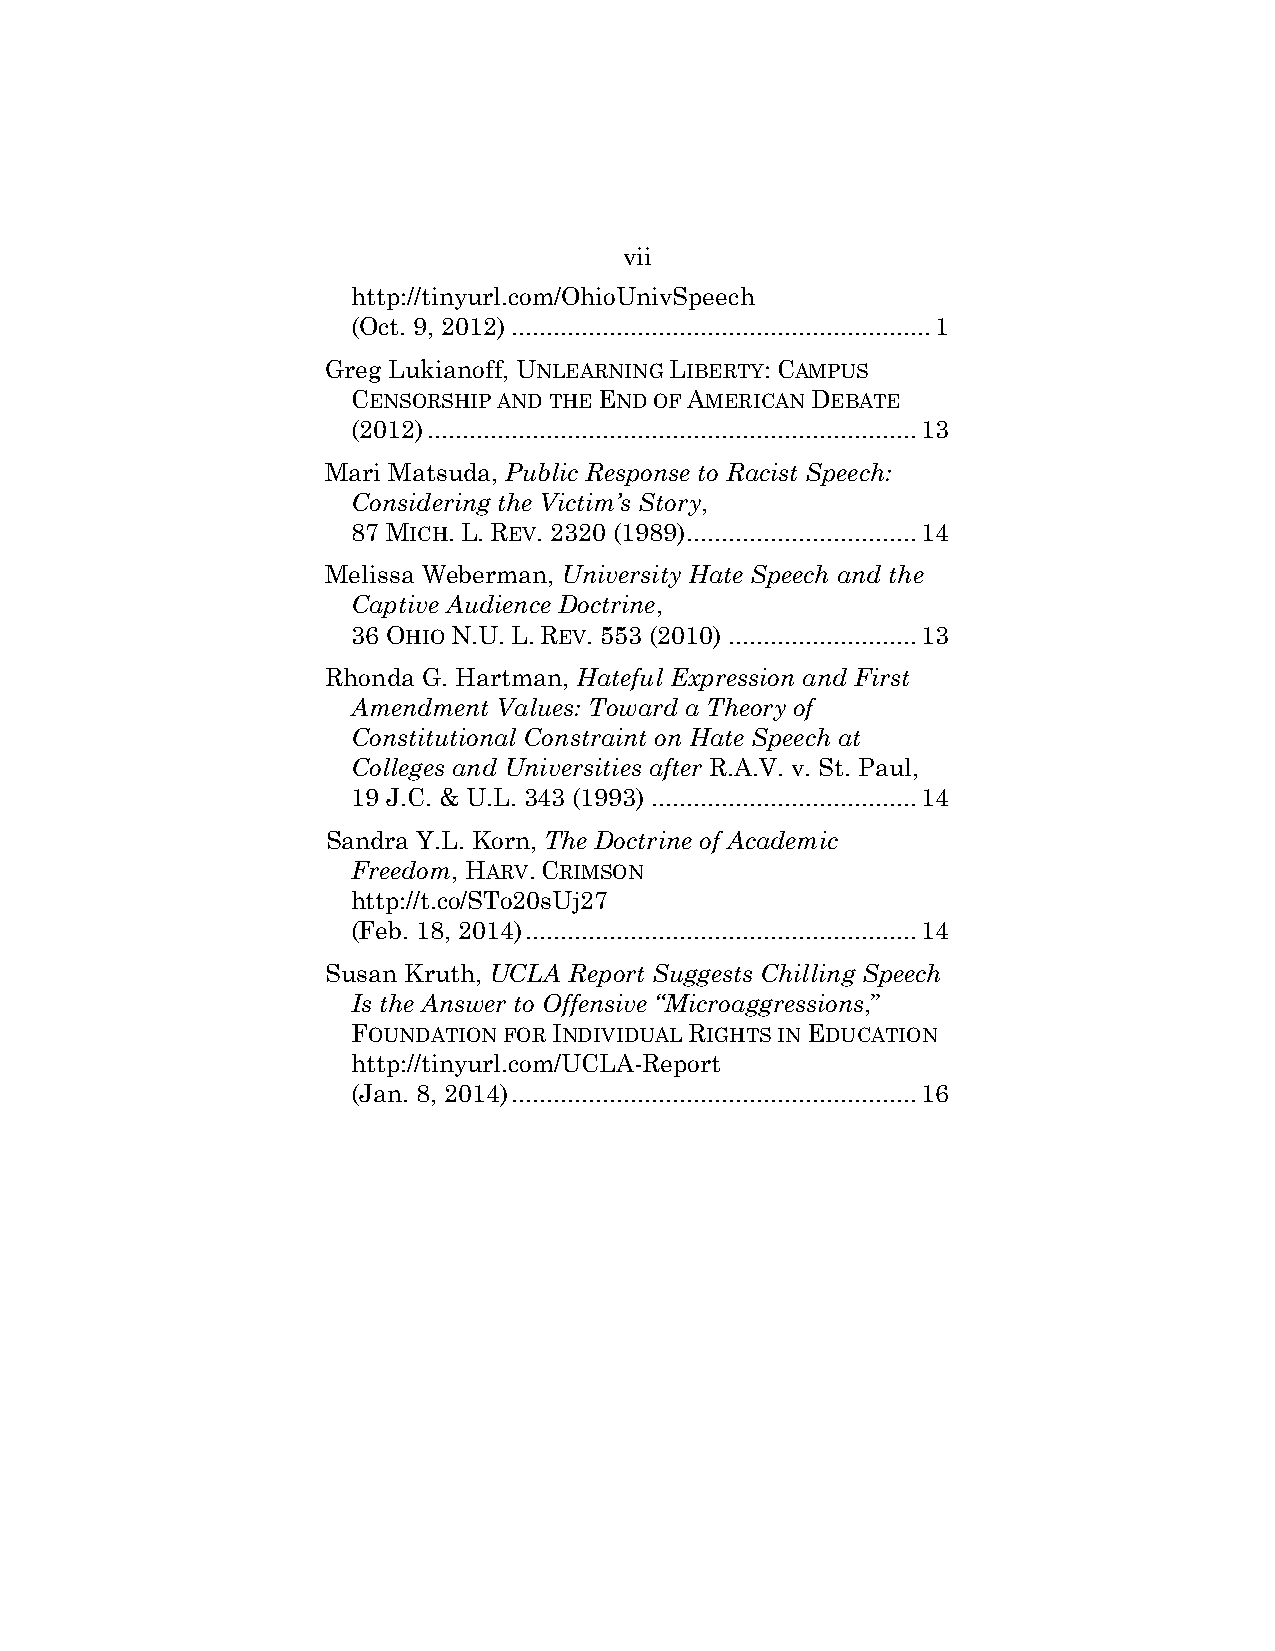
vii
 http://tinyurl.com/OhioUnivSpeech
 (Oct. 9, 2012) ............................................................ 1
 Greg Lukianoff, UNLEARNING LIBERTY: CAMPUS
 CENSORSHIP AND THE END OF AMERICAN DEBATE
 (2012) ...................................................................... 13
 Mari Matsuda, Public Response to Racist Speech:
 Considering the Victim’s Story,
 87 MICH. L. REV. 2320 (1989) ................................. 14
 Melissa Weberman, University Hate Speech and the
 Captive Audience Doctrine,
 36 OHIO N.U. L. REV. 553 (2010) ........................... 13
 Rhonda G. Hartman, Hateful Expression and First
 Amendment Values: Toward a Theory of
 Constitutional Constraint on Hate Speech at
 Colleges and Universities after R.A.V. v. St. Paul,
 19 J.C. & U.L. 343 (1993) ...................................... 14
 Sandra Y.L. Korn, The Doctrine of Academic
 Freedom, HARV. CRIMSON
 http://t.co/STo20sUj27
 (Feb. 18, 2014) ........................................................ 14
 Susan Kruth, UCLA Report Suggests Chilling Speech
 Is the Answer to Offensive “Microaggressions,”
 FOUNDATION FOR INDIVIDUAL RIGHTS IN EDUCATION
 http://tinyurl.com/UCLA-Report
 (Jan. 8, 2014) .......................................................... 16